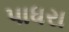
પાધરા